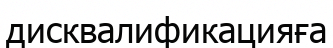
дисквалификацияға